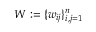
W : = \{ w _ { i j } \} _ { i , j = 1 } ^ { n }